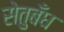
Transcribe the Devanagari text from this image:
सेतुबँध